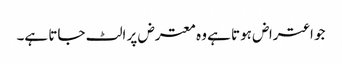
جو اعتراض ہوتا ہے وہ معترض پر الٹ جاتا ہے۔